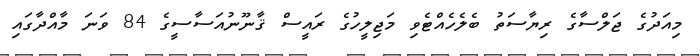
މިއަދުގެ ޖަލްސާގެ ރިޔާސަތު ބެލެހެއްޓެވި މަޖިލީހުގެ ރައީސް ޤާނޫނުއަސާސީގެ 84 ވަނަ މާއްދާގައި